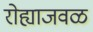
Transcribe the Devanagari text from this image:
रोह्याजवळ